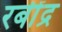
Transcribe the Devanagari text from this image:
रबींद्र